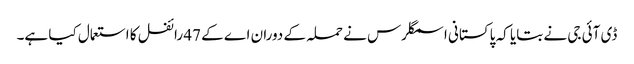
ڈی آئی جی نے بتایا کہ پاکستانی اسمگلرس نے حملہ کے دوران اے کے 47 رائفل کا استعمال کیا ہے۔